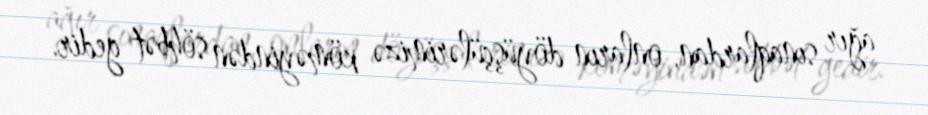
ağır sınaqlardan, onların döyüşçülərimizə köməyindən söhbət gedir.